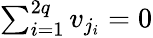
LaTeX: \begin{array}{r}{\sum_{i=1}^{2q}v_{j_{i}}=0}\end{array}